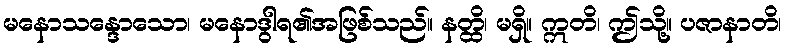
မနောသန္ဒောသော၊ မနောဒွါရ၏အဖြစ်သည်။ နတ္ထိ၊ မရှိ။ ဣတိ၊ ဤသို့။ ပဇာနာတိ၊